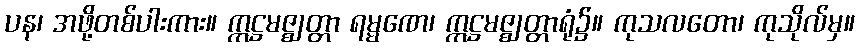
ပန၊ အဖို့တစ်ပါးကား။ ဣဋ္ဌမဇ္ဈတ္တာ ရမ္မဏေ၊ ဣဋ္ဌမဇ္ဈတ္တာရုံ၌။ ကုသလတော၊ ကုသိုလ်မှ။